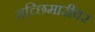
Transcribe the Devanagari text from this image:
मच्छिमारीवर